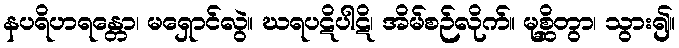
နပရိဟရန္တော၊ မရှောင်လွဲ။ ဃရပဋိပါဋိ၊ အိမ်စဉ်လိုက်။ မုစ္ဆိတွာ၊ သွား၍။